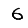
Digit: 6